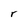
Character: r